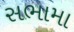
સભામા